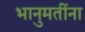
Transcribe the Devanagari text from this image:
भानुमतींना